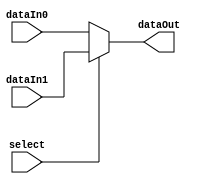
module TwotoOneMux(select, dataIn0, dataIn1, dataOut);
	parameter BIT_WIDTH = 8;

//use two 2to1Muxes back to back for 3 to 1 muxes

	input select;
	input[BIT_WIDTH-1:0] dataIn0, dataIn1;
	
	output reg[BIT_WIDTH-1:0] dataOut;
	
	always @ (*) begin
		if(select) //if select is one
			dataOut <= dataIn1;
		else
			dataOut <= dataIn0;
	end
	
endmodule